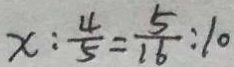
x : \frac { 4 } { 5 } = \frac { 5 } { 1 6 } : 1 0